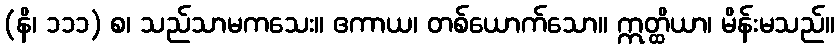
(နိ၊ ၁၁၁) စ၊ သည်သာမကသေး။ ဧကာယ၊ တစ်ယောက်သော။ ဣတ္ထိယာ၊ မိန်းမသည်။